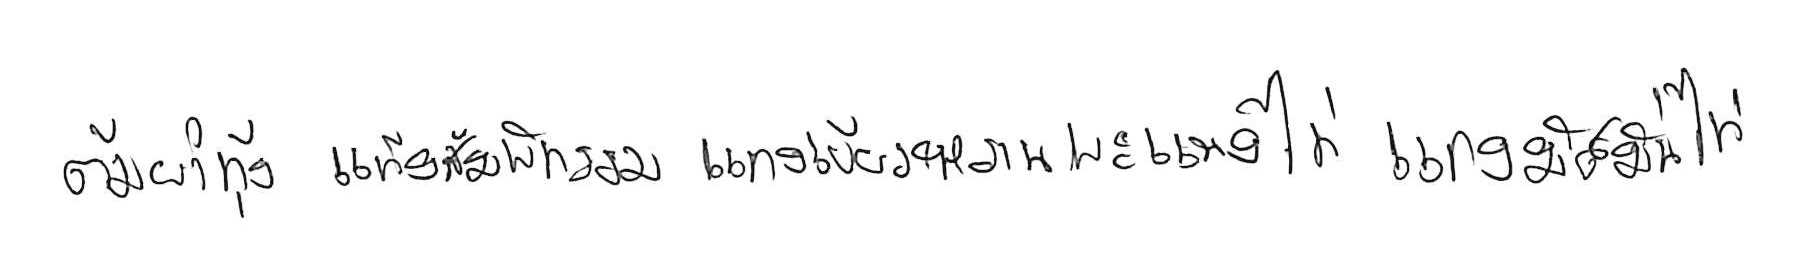
ต้มยำกุ้ง แกงส้มผักรวม แกงเขียวหวาน พะแนงไก่ แกงมัสมั่นไก่